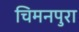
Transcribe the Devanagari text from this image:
चिमनपुरा